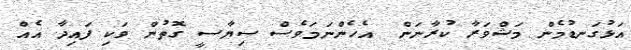
އަޅުގަނޑުމެން މަޝްވަރާ ކުރާނަން  އެހެންނަމަވެސް ސިޔާސީ ގޮތުން ވަކި ފައިދާ އެއް